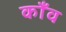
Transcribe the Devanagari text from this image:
काँव